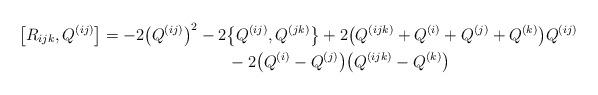
LaTeX: \begin{gather*}\big[R_{ijk}, Q^{(ij)}\big] = -2\big(Q^{(ij)}\big)^2-2\big\{Q^{(ij)}, Q^{(jk)}\big\} +2\big(Q^{(ijk)}+Q^{(i)}+Q^{(j)}+Q^{(k)}\big)Q^{(ij)} \\\hphantom{\big[R_{ijk}, Q^{(ij)}\big] =}{} -2\big(Q^{(i)}-Q^{(j)}\big)\big(Q^{(ijk)}-Q^{(k)}\big)\end{gather*}